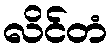
လိင်တံ